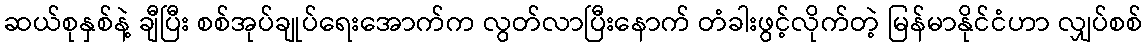
ဆယ်စုနှစ်နဲ့ ချီပြီး စစ်အုပ်ချုပ်ရေးအောက်က လွတ်လာပြီးနောက် တံခါးဖွင့်လိုက်တဲ့ မြန်မာနိုင်ငံဟာ လျှပ်စစ်